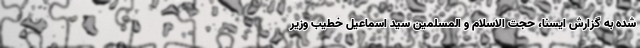
شده به گزارش ایسنا، حجت الاسلام و المسلمین سید اسماعیل خطیب وزیر